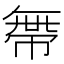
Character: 𢄔